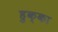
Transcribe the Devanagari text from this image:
हुक्‍का